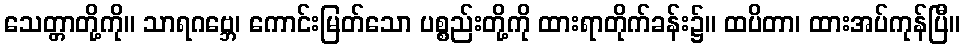
သေတ္တာတို့ကို။ သာရဂဗ္ဘေ၊ ကောင်းမြတ်သော ပစ္စည်းတို့ကို ထားရာတိုက်ခန်း၌။ ထပိတာ၊ ထားအပ်ကုန်ပြီ။